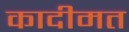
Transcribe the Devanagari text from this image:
कादीमत